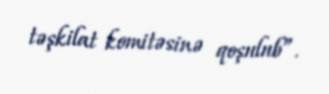
təşkilat komitəsinə qoşulub”.